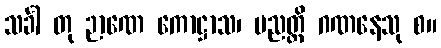
သင်္ခါ တု ဉာဏေ ကောဋ္ဌာသ၊ ပညတ္တိ ဂဏနေသု စ။